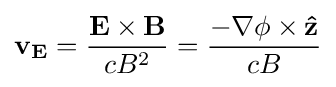
\mathbf {v_{E}} ={\frac {\mathbf {E} \times \mathbf {B} }{cB^{2}}}={\frac {-\nabla \phi \times \mathbf {\hat {z}} }{cB}}